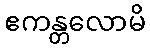
ဧကန္တလောမိ